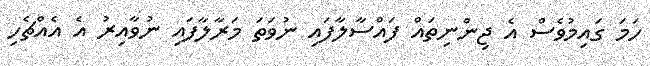
ހަމަ ގައިމުވެސް އެ ޖިންނިތައް ފައްސާލާފައި ނުވަތަ މަރާލާފައި ނުވާއިރު އެ އެއްޗެހި